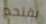
يقتحم